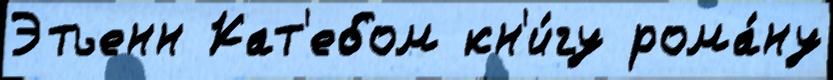
Этьенн Кат'ебом кн'и́гу рома́ну